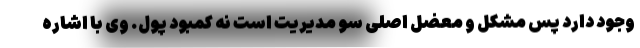
وجود دارد پس مشکل و معضل اصلی سو مدیریت است نه کمبود پول. وی با اشاره